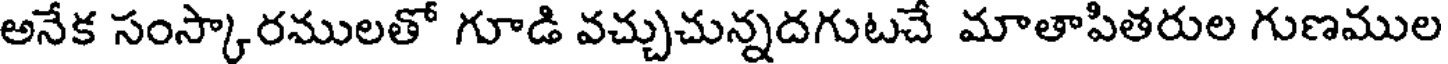
అనేక సంస్కారములతో గూడి వచ్చుచున్నదగుటచే మాతాపితరుల గుణముల